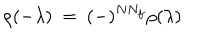
\rho ( - \lambda ) ~ = ~ ( - ) ^ { N N _ { f } } \rho ( \lambda )